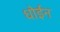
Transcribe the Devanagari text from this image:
धोईन